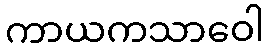
ကာယကသာဝေါ